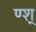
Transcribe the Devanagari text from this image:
ण्श्